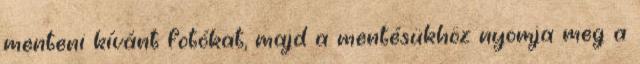
menteni kívánt fotókat, majd a mentésükhöz nyomja meg a